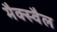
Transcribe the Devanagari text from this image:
मैक्स्वैल